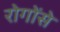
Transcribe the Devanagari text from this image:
रोगोंसे